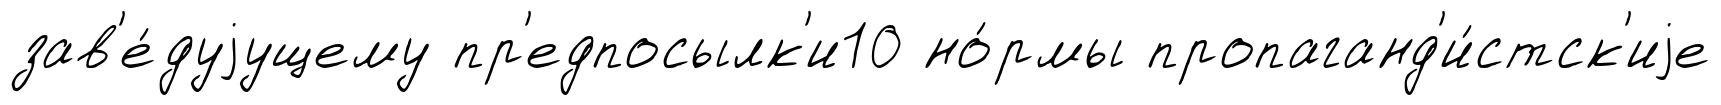
зав'е́дуjущему пр'едпосылк'и10 но́рмы пропаганд'и́стск'иjе